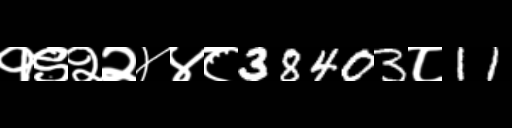
Text: १९२२४४८38403८11